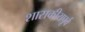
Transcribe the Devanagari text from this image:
शासकीयपूर्व